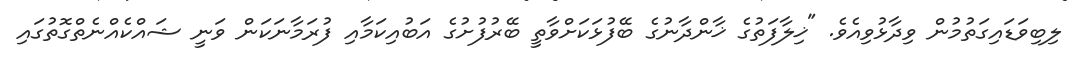
ލިބިވަޑައިގަތުމުން ވިދާޅުވިއެވެ. "ޚިލާފަތުގެ ޚާންދާނުގެ ބޭފުޅަކަށްވާތީ ބޭރުފުށުގެ އަބުއިކަމާއި ފުރަމާނަކަން ވަނީ ޝައްކެއްނެތްގޮތުގައި